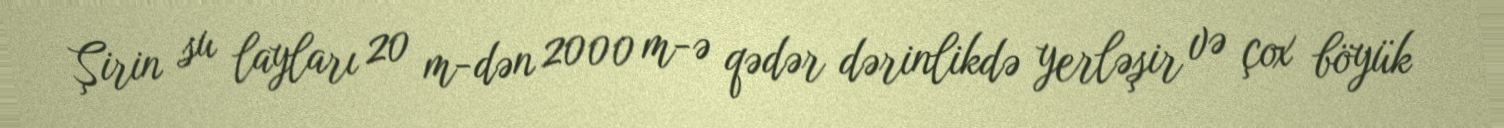
Şirin su layları 20 m-dən 2000 m-ə qədər dərinlikdə yerləşir və çox böyük